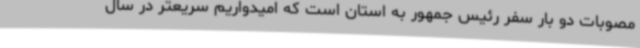
مصوبات دو بار سفر رئیس جمهور به استان است که امیدواریم سریعتر در سال